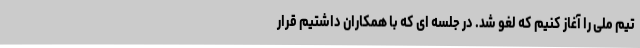
تیم ملی را آغاز کنیم که لغو شد. در جلسه ای که با همکاران داشتیم قرار